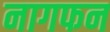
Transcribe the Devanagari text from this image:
नागफन